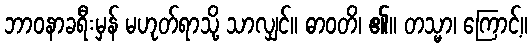
ဘာဝနာခရီးမှန် မဟုတ်ရာသို့ သာလျှင်။ ဓာဝတိ၊ ၏။ တသ္မာ၊ ကြောင့်။